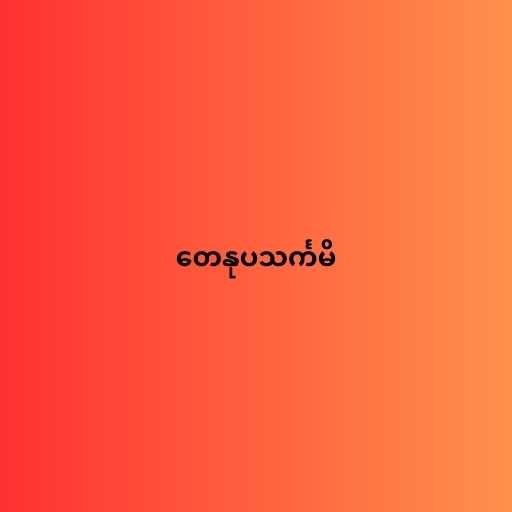
တေနုပသင်္ကမိ